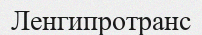
Ленгипротранс